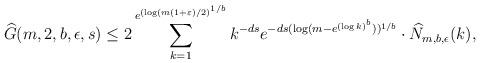
LaTeX: \begin{align*} \widehat{G}(m,2, b, \epsilon,s) \leq 2\sum_{k=1}^{e^{(\log (m(1+\varepsilon)/2)^{1/b}}} k^{-ds}e^{- ds(\log (m-e^{(\log k)^b}))^{1/b}} \cdot \widehat{N}_{m,b,\epsilon}(k), \end{align*}